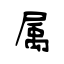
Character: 属